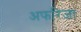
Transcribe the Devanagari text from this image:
अफरिजा